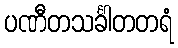
ပဏီတသင်္ခါတတရံ